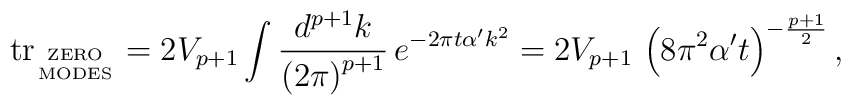
\mbox{tr}_{\mbox{\tiny      ZERO}\atop\mbox{\tiny  MODES}} = 2 V_{p+1} \int \frac{d^{p+1}      k}{\left( 2\pi\right)^{p+1}}\,      e^{-2\pi t\alpha^\prime  k^2       } = 2V_{p+1}\,\left( 8\pi^2 \alpha^\prime      t\right)^{-\frac{p+1}{2}}  ,